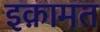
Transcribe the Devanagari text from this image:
इक़ामत